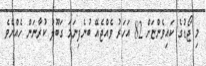
މި ޖޯޑުގެ ކައިވެންޏަށް 82 އަހަރު ވެއްޖެއޭ ބުނެފިނަމަ ގަބޫލު ކުރާނަން ހެއްޔެވެ